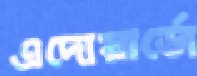
এদোয়ার্ডো